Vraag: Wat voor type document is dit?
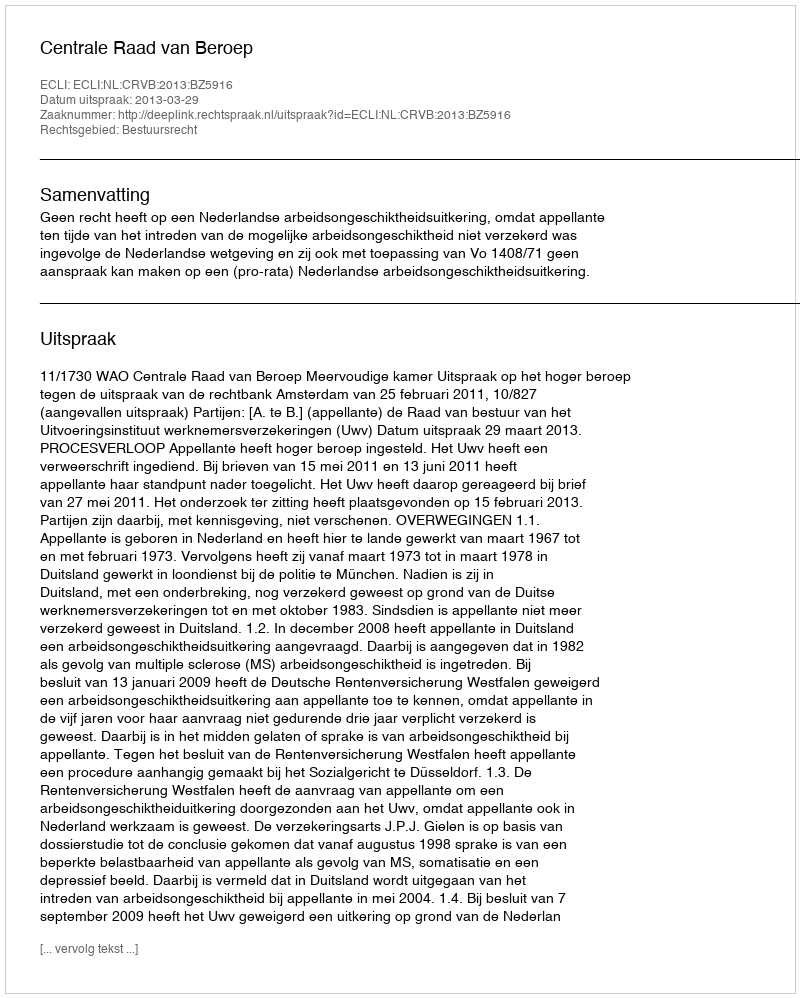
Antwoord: Uitspraak